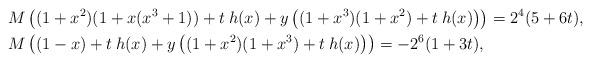
LaTeX: \begin{align*}& M\left((1+x^2)(1+x(x^3+1))+t \:h(x) +y\left((1+x^3)(1+x^2)+ t\:h(x)\right)\right) = 2^4(5+6t),\\& M\left((1-x)+t \: h(x) +y\left((1+x^2)(1+x^3)+t\:h(x)\right)\right)=-2^6(1+3t),\end{align*}